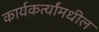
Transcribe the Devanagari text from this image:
कार्यकर्त्यांमधील